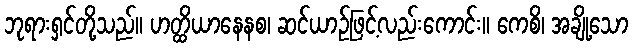
ဘုရားရှင်တို့သည်။ ဟတ္ထိယာနေနစ၊ ဆင်ယာဉ်ဖြင့်လည်းကောင်း။ ကေစိ၊ အချို့သော